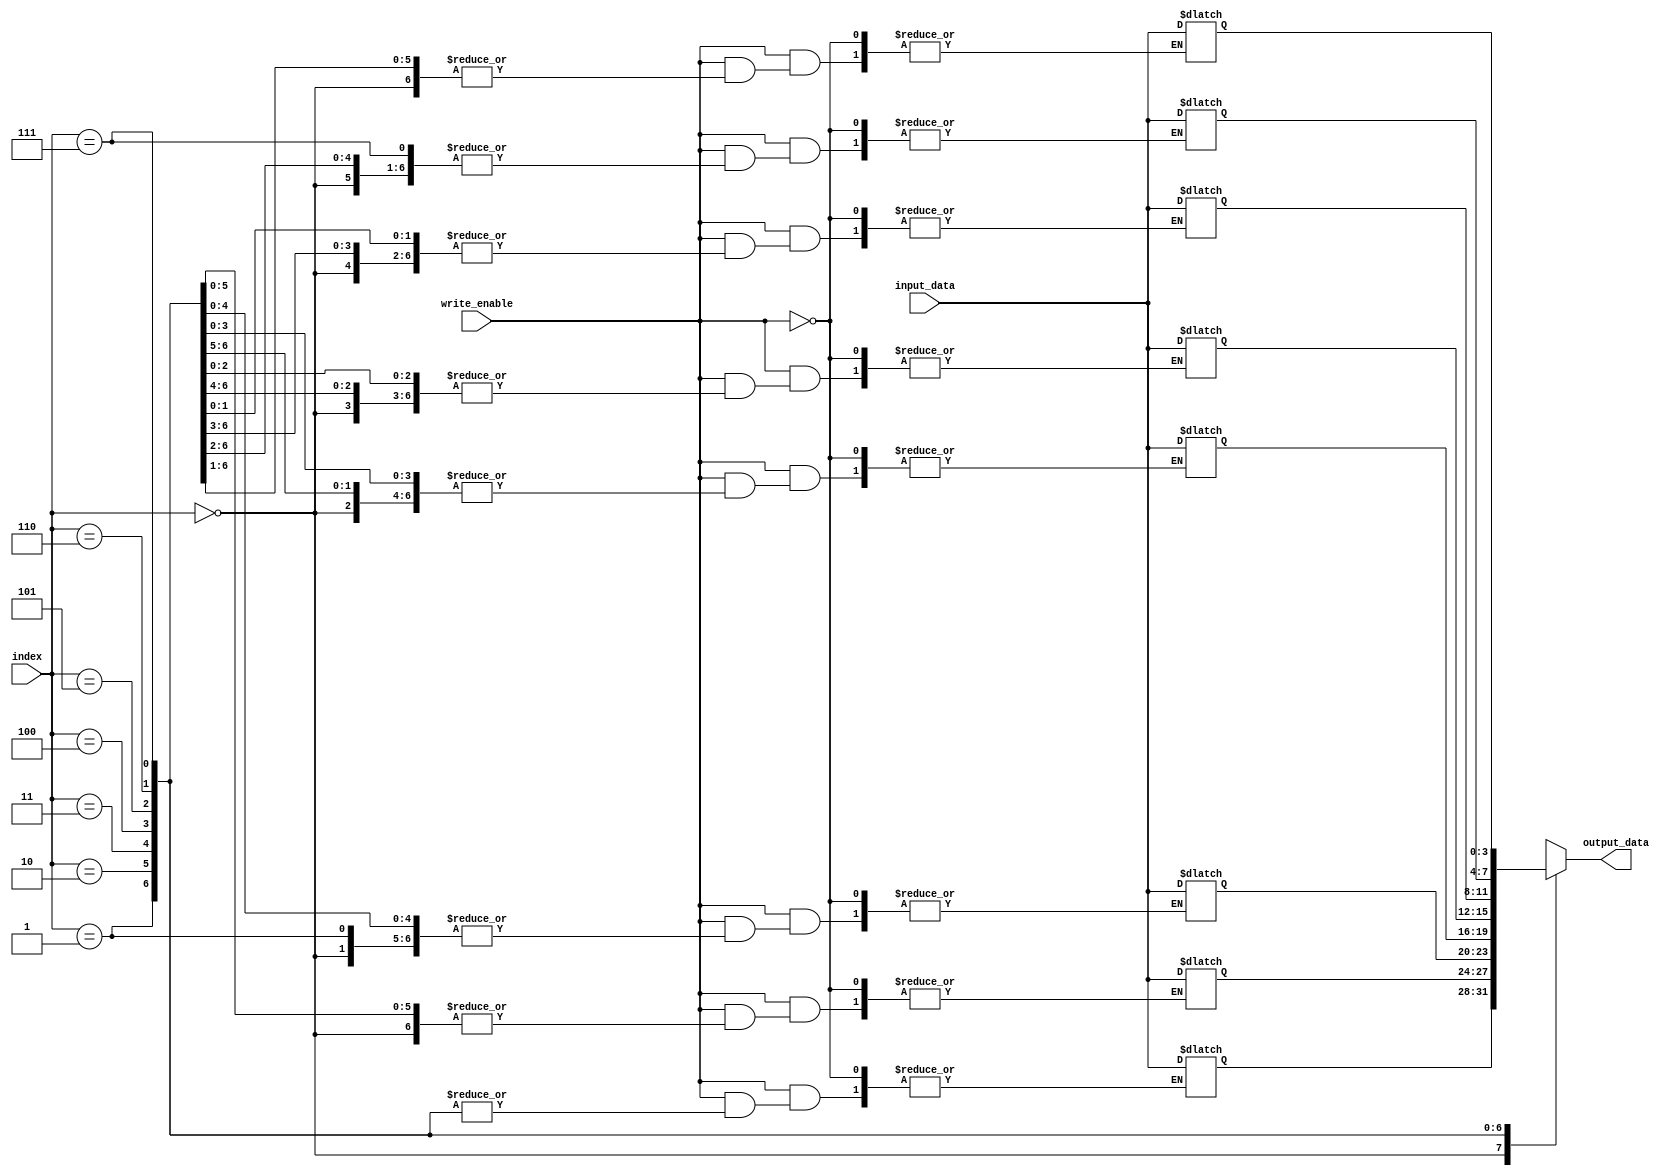
module array_continuous_assignment (
    input wire [3:0] input_data, // 4-bit input data
    input wire [2:0] index,      // 3-bit index for array access
    input wire write_enable,      // Write enable signal
    output wire [3:0] output_data // 4-bit output data
);

    // Array declaration
    reg [3:0] data_array [0:7]; // 8 elements of 4-bit wide array

    // Continuous assignment to output_data from the data_array
    assign output_data = data_array[index];

    // Initialize the array with default values
    initial begin
        data_array[0] = 4'b0000;
        data_array[1] = 4'b0001;
        data_array[2] = 4'b0010;
        data_array[3] = 4'b0011;
        data_array[4] = 4'b0100;
        data_array[5] = 4'b0101;
        data_array[6] = 4'b0110;
        data_array[7] = 4'b0111;
    end

    // Behavioral modeling with continuous assignment
    always @(*) begin
        if (write_enable) begin
            data_array[index] = input_data; // Assign input_data to the specified index
        end
    end

endmodule